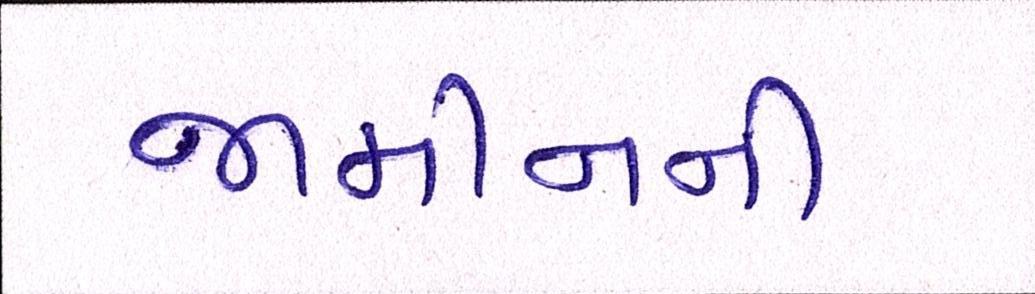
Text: જામીનની